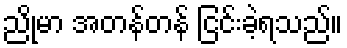
ညိုမာ အတန်တန် ငြင်းခဲ့ရသည်။